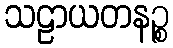
သဠာယတနဉ္စ